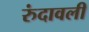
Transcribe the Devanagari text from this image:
रुंदावली